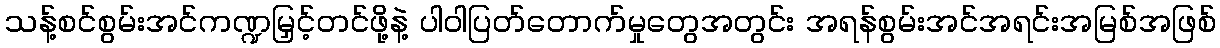
သန့်စင်စွမ်းအင်ကဏ္ဍမြှင့်တင်ဖို့နဲ့ ပါဝါပြတ်တောက်မှုတွေအတွင်း အရန်စွမ်းအင်အရင်းအမြစ်အဖြစ်